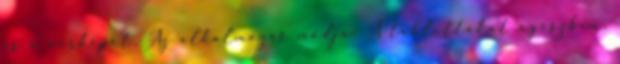
és a vérképet. Az alkalmazás módja: A tablettákat egészben,